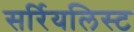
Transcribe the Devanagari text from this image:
सर्रियलिस्ट